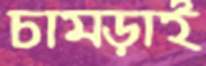
চামড়াই